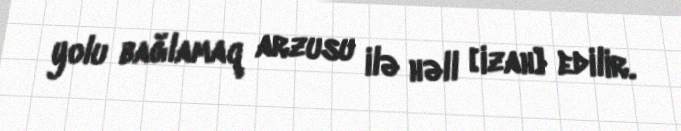
yolu bağlamaq arzusu ilə həll [izah] edilir.